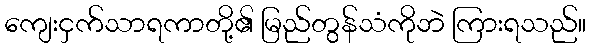
ကျေးငှက်သာရကာတို့၏ မြည်တွန်သံကိုဘဲ ကြားရသည်။